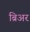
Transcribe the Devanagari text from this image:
ब्रिअर